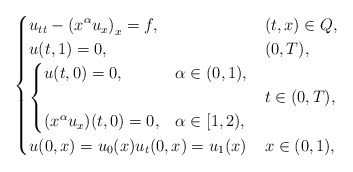
\begin{align*}\begin{cases}u_{tt}- \displaystyle \left(x^\alpha u_{x} \right)_x=f, & (t,x)\in Q,\\u(t,1)=0,& (0,T),\\\begin{cases}u (t,0)=0, & \alpha \in (0,1),\\& \\(x^\alpha u_{ x})(t,0)=0,& \alpha \in [1,2),\end{cases} & t\in (0,T), \\u (0,x)=u_0(x) u_{t} (0,x)=u_1(x) & x\in (0,1),\end{cases}\end{align*}